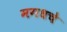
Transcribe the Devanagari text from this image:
मगधचे